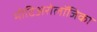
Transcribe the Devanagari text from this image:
मीटिअरोलॉजिका